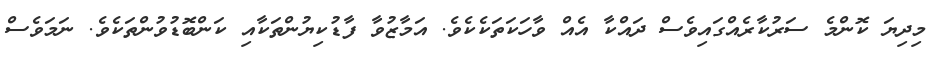
މިދިޔަ ކޮންމެ ސަރުކާރެއްގައިވެސް ދައްކާ އެއް ވާހަކަތަކެކެވެ. އަމާޒުވާ ފާޑުކިޔުންތަކާއި ކަންބޮޑުވުންތަކެވެ. ނަމަވެސް